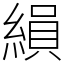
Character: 縜